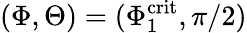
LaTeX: (\Phi,\Theta)=(\Phi_{1}^{\mathrm{crit}},\pi/2)